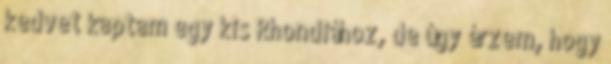
kedvet kaptam egy kis Rhondiához, de úgy érzem, hogy